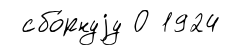
сбо́рнуjу О 1924